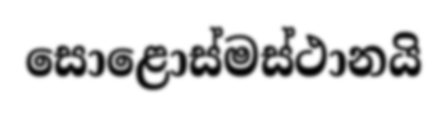
සොළොස්මස්ථානයි